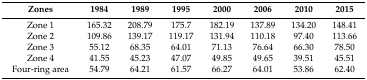
<table><thead><tr><td><b>Zones</b></td><td><b>1984</b></td><td><b>1989</b></td><td><b>1995</b></td><td><b>2000</b></td><td><b>2006</b></td><td><b>2010</b></td><td><b>2015</b></td></tr></thead><tbody><tr><td>Zone 1</td><td>165.32</td><td>208.79</td><td>175.7</td><td>182.19</td><td>137.89</td><td>134.20</td><td>148.41</td></tr><tr><td>Zone 2</td><td>109.86</td><td>139.17</td><td>119.17</td><td>131.94</td><td>110.18</td><td>97.40</td><td>113.66</td></tr><tr><td>Zone 3</td><td>55.12</td><td>68.35</td><td>64.01</td><td>71.13</td><td>76.64</td><td>66.30</td><td>78.50</td></tr><tr><td>Zone 4</td><td>41.55</td><td>45.23</td><td>47.07</td><td>49.85</td><td>49.65</td><td>39.51</td><td>45.51</td></tr><tr><td>Four-ring area</td><td>54.79</td><td>64.21</td><td>61.57</td><td>66.27</td><td>64.01</td><td>53.86</td><td>62.40</td></tr></tbody></table>